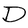
Character: D